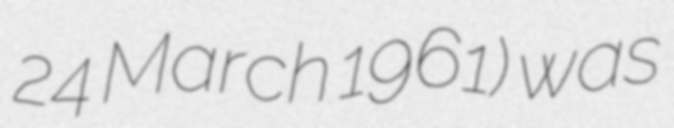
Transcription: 24 March 1961) was